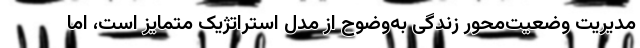
مدیریت وضعیت‌محورِ زندگی به‌وضوح از مدل استراتژیک متمایز است، اما